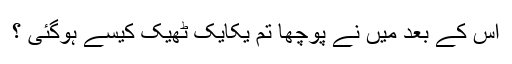
اس کے بعد میں نے پوچھا تم یکایک ٹھیک کیسے ہوگئی ؟